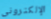
الإلكتروني